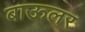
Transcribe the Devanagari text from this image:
बाऊलर